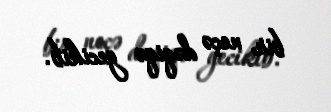
bir neçə dəqiqə gecikib.